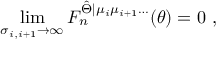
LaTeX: \operatorname * { l i m } _ { \sigma _ { i , i + 1 } \rightarrow \infty } F _ { n } ^ { \hat { \Theta } | \mu _ { i } \mu _ { i + 1 } \ldots } ( \theta ) = 0 \, \, ,